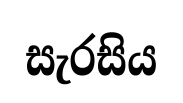
සැරසිය